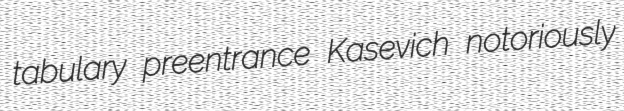
tabulary preentrance Kasevich notoriously